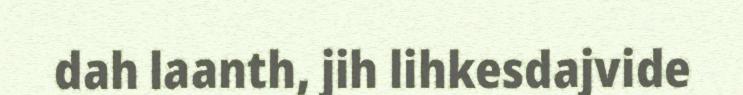
dah laanth, jih lihkesdajvide